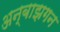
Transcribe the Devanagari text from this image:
अन्बाझगन